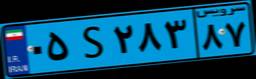
۰۵S۲۸۳۸۷